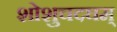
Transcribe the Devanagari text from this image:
शोशुचदघम्